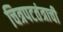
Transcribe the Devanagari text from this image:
चित्रपटतंत्राची